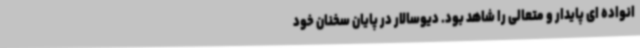
انواده ای پایدار و متعالی را شاهد بود. دیوسالار در پایان سخنان خود